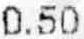
0.50